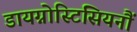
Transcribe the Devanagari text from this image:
डायग्नोस्टिसियनौं